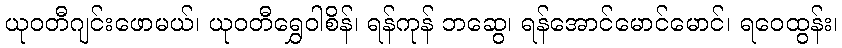
ယုဝတီဂျင်းဖောမယ်၊ ယုဝတီရွှေဝါစိန်၊ ရန်ကုန် ဘဆွေ၊ ရန်အောင်မောင်မောင်၊ ရဝေထွန်း၊